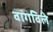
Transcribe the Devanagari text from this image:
वागविले